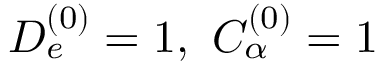
D _ { e } ^ { ( 0 ) } = 1 , \ C _ { \alpha } ^ { ( 0 ) } = 1